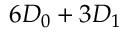
6 D _ { 0 } + 3 D _ { 1 }